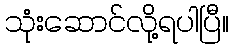
သုံးဆောင်လို့ရပါပြီ။